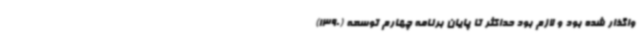
واگذار شده بود و لازم بود حداکثر تا پایان برنامه چهارم توسعه (1390)